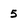
Character: 5